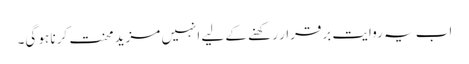
اب یہ روایت برقرار رکھنے کے لیے انہیں مزید محنت کرنا ہو گی۔